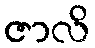
ဇာလိ